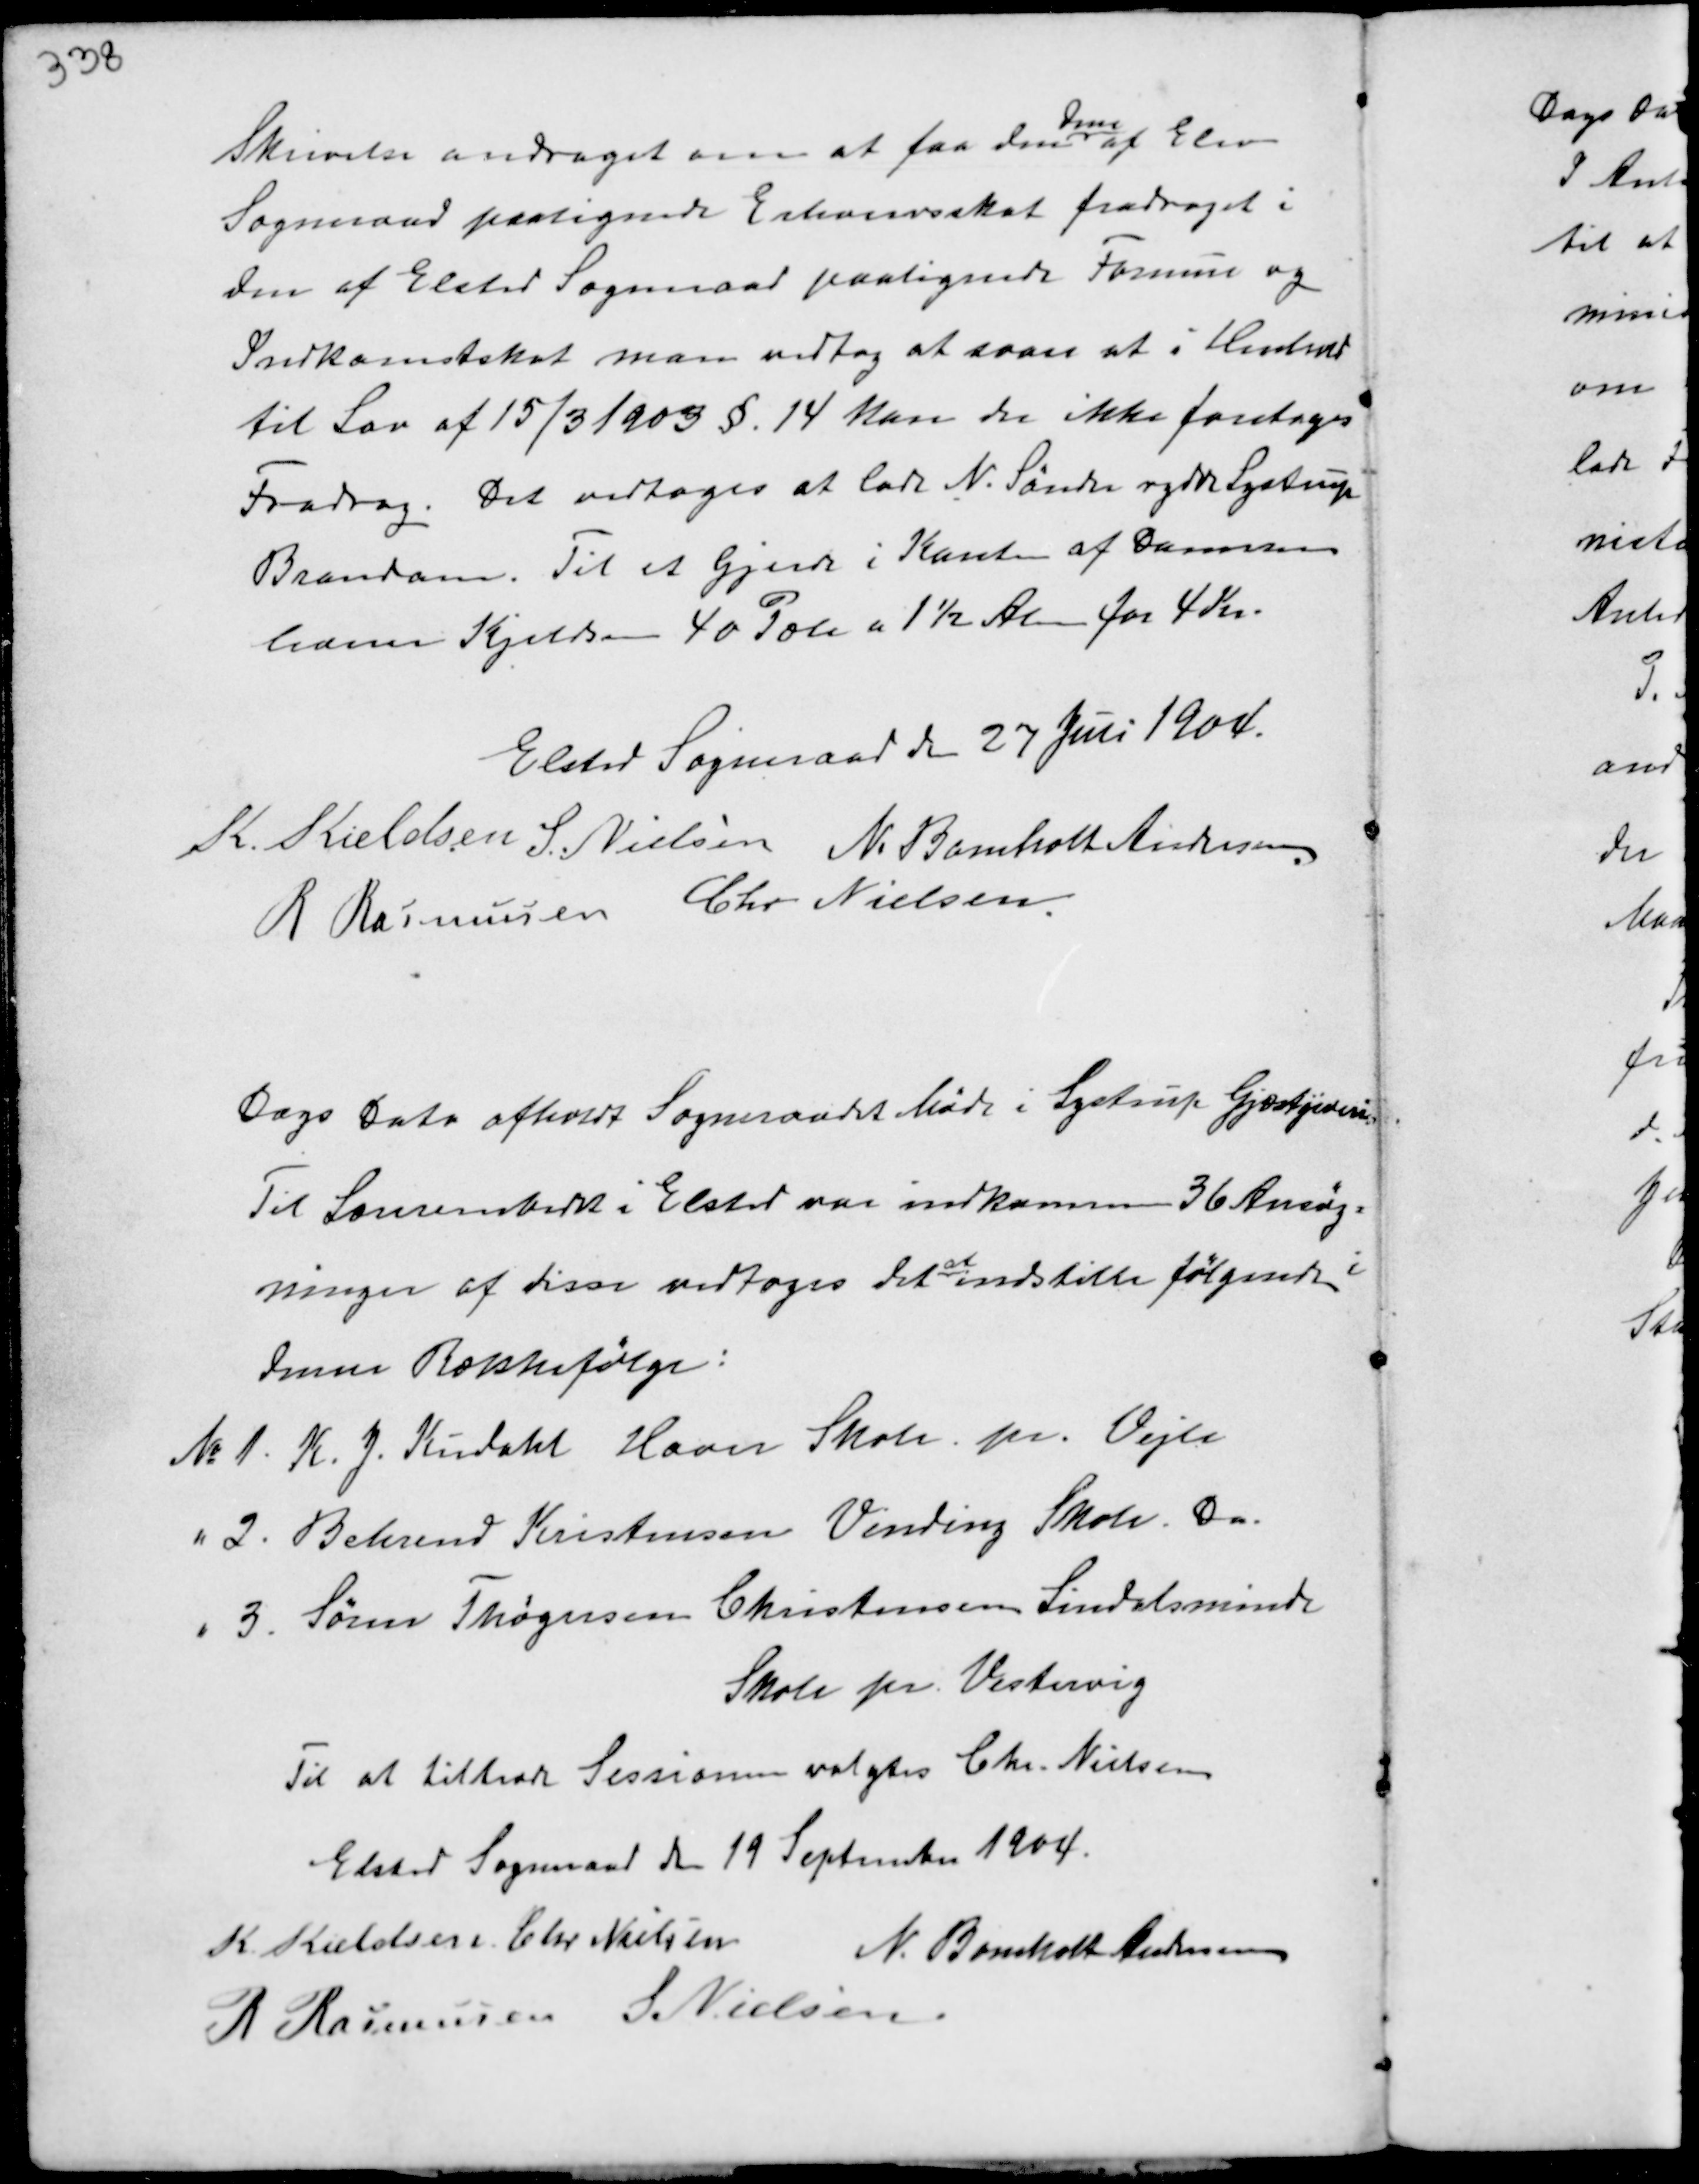
Transskription:
Skrivelse andraget om at faa den
Dem
af Elev
Sogneraad paalignede Erhvervsskat fradraget i
den af Elsted Sogneraad paalignede Formue og
Indkomstskat man vedtog, at svare at i Henhold
til Lov af 15/3 1903 § 14 kan der ikke foretages
Fradrag. Det vedtoges at lade N. Sønder rydde Lystrup
Brandam. Til et Gjerde i Kanten af Dammen
leverer Kjeldsen 40 Pæle a 1½ Alen for 4 Kr.

Elsted Sogneraad den 27 Juni 1904.
K. Kieldsen S. Nielsen N. Bomholt Andersen.
R Rasmussen Chr Nielsen.

Dags Dato afholdt Sogneraadet Møde i Lystrup Gjæstgiveri.
Til Lærerembedet i Elsted var indkommen 36 Ansøg-
ninger af disse vedtoges det
at
indstille følgende i
denne Rækkefølge:
No 1. K.J. Kudahl Havn Skole pr. Vejle
" 2. Behrend Kristensen Vinding Skole Da.
" 3. Søren Thøgersen Christensen Sindalsminde
Skole pr. Vestervig
Til at tiltræde Sessionen valgtes Chr. Nielsen

Elsted Sogneraad den 19 September 1904.
K. Kieldsen Chr Nielsen
N. Bomholt Andersen
R Rasmussen S. Nielsen.